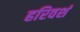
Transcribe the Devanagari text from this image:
हरिवशं